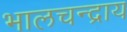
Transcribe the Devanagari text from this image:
भालचन्द्राय